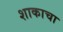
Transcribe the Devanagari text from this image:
शाकाचा